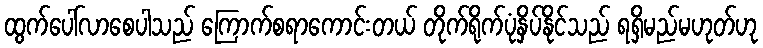
ထွက်ပေါ်လာစေပါသည် ကြောက်စရာကောင်းတယ် တိုက်ရိုက်ပုံနှိပ်နိုင်သည် ရရှိမည်မဟုတ်ဟု